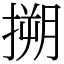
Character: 搠